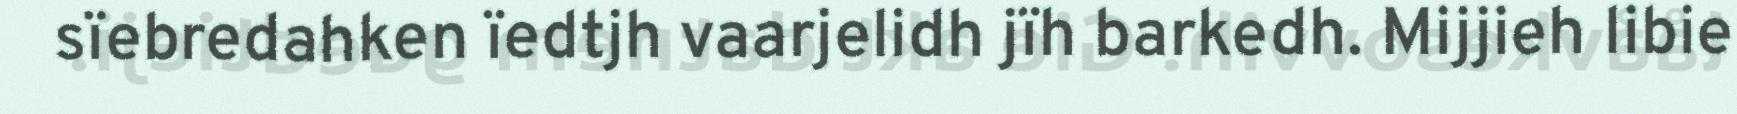
sïebredahken ïedtjh vaarjelidh jïh barkedh. Mijjieh libie